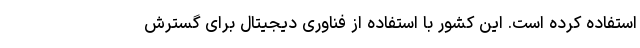
استفاده کرده است. این کشور با استفاده از فناوری دیجیتال برای گسترش